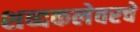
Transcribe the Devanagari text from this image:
शब्दकलेवरचे